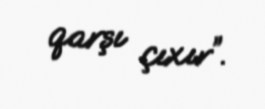
qarşı çıxır”.